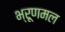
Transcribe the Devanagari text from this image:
भ्रूणमल